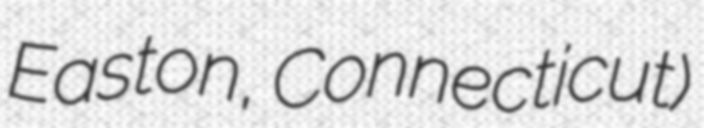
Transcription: Easton, Connecticut)